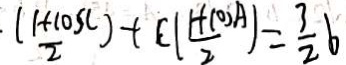
\frac { ( 1 + \cos c ) } { 2 } + c ( \frac { 1 + \cos A } { 2 } ) = \frac { 3 } { 2 } b